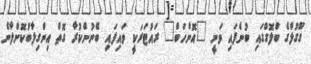
ގޫގުލްގެ ބްލޮގްގައި ބުނެފައި ވަނީ "އޮންހަބް" ރައުޓަރަކީ ވައިފައި ބޭނުންކުރާ ގޮތް އިންގިލާބުކޮށްލާނެ